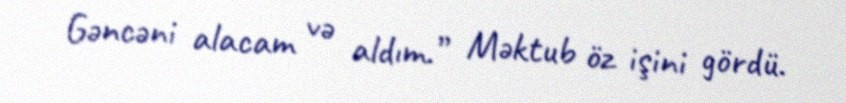
Gəncəni alacam və aldım.” Məktub öz işini gördü.